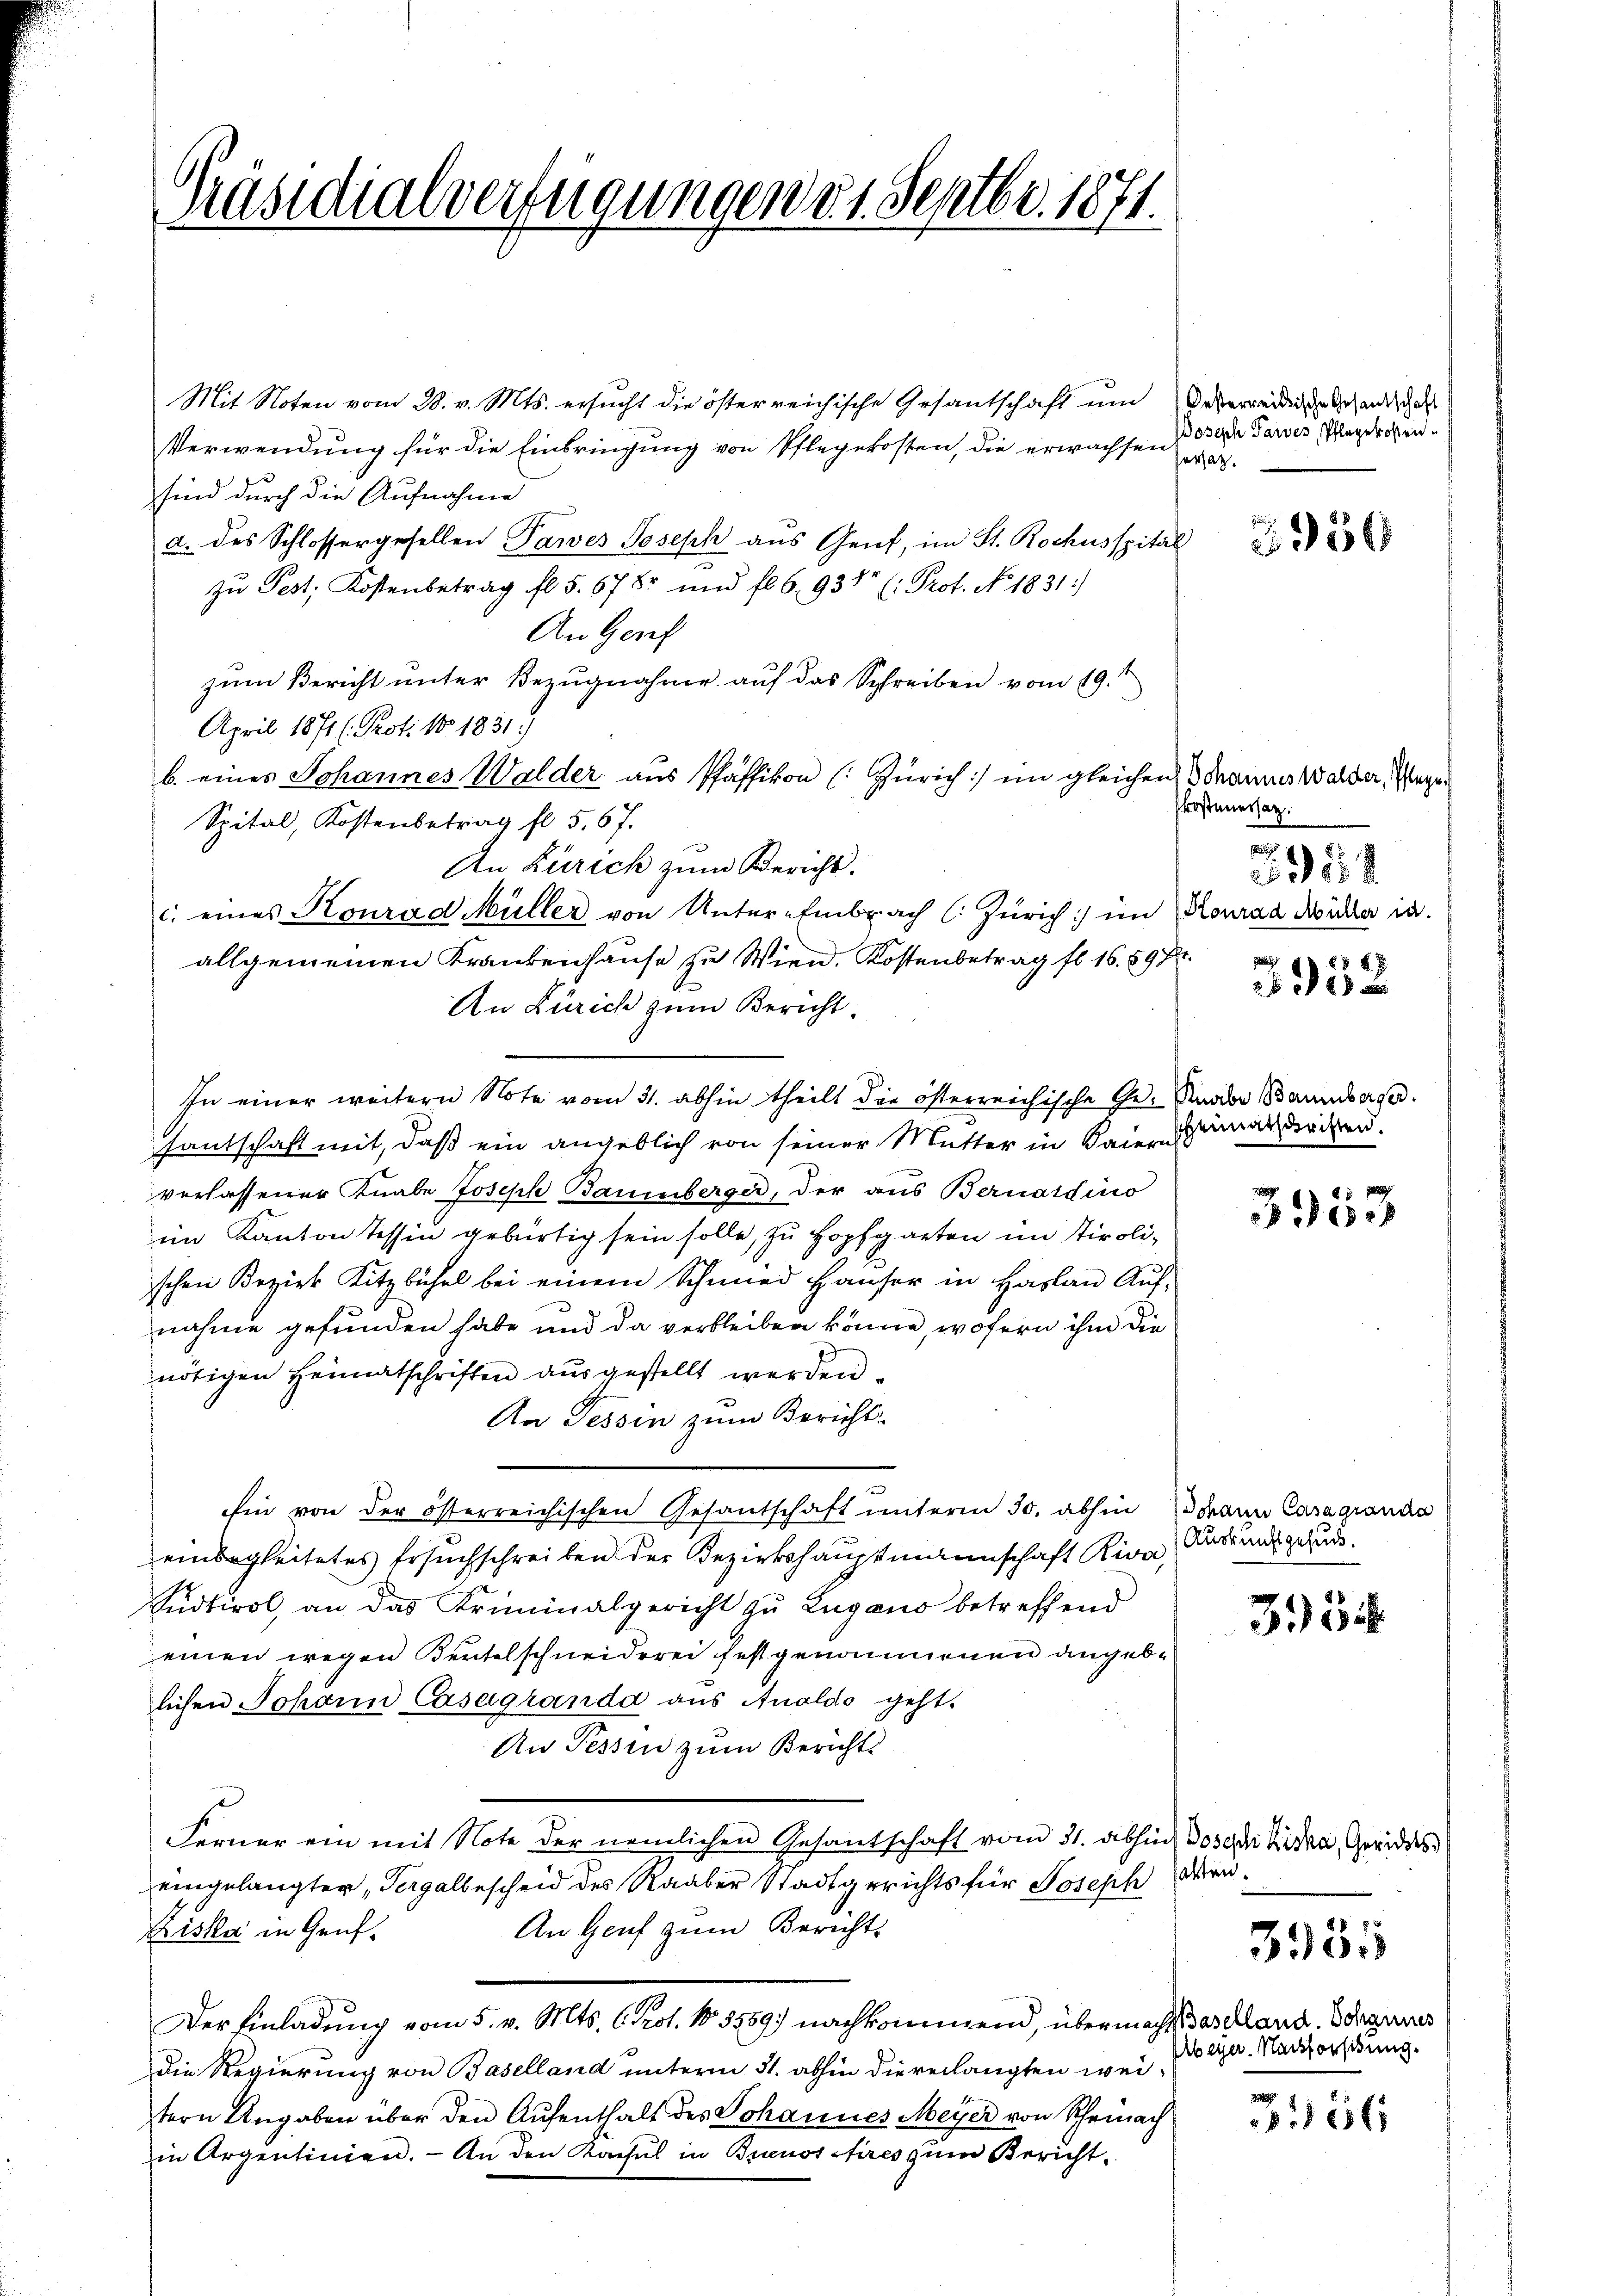
Präsidialverfügungen 31. Septbr. 1871.

Mit Noten vom 28. v. Mts. ersucht die österreichische Gesantschaft um Unterreidige Gesandschaft
Verwendung für die Einbringung von Pflegekosten, die erwachsen § 339 Pawes Wegersensind durch die Aufnahme
a. des Schlossergesellen Tawes Joseph aus Genf, im St. Rochusspital
zu Pest, Kostenbetrag fl. 5. 678 und fl. 6. 938 (: Prof. No. 1831.)
An Genf
zum Bericht unter Bezugnahme auf das Schreiben vom 19.
April 1871 (Prot. No 1831.)
b. eines Johannes Walder aus Pfäffikon (Zürich) im gleichen Schannes Walder, Wege
Spital, Kostenbetrag fl. 5, 67.
An Zürich zum Bericht.
c. eines Konrad Müller von Unter-Embrach C. Zürich) im Konrad Dicker in
allgemeinen Krankenhause zu Wien. Kostenbetrag fl. 16. 898
An Zürich zum Bericht.
Hantschaft mit, daß ein angeblich von seiner Mutter in Baiern
verlassener Knabe Joseph Baumberger, der aus Bernardino
im Kanton Tessin gebürtig sein solle, zu Hopfgarten im Tirolischen Bezirk Kitzbühel bei einem Schmied Hauser in Haslau Aufnahme gefunden habe und da verbleiben könne, wofern ihm die
nötigen Heimatschriften aŭsgestellt werden.
An Tessin zum Bericht-
hin von der österreichischen Gesantschaft unterm 30. abhin dann Caragranda
einbegleitetes Ersuchschreiben der Bezirkshauptmannschaft Riva,
Sudtirol, an das Kriminalgericht zu Zugano betreffend
einen wegen Beutelschneiderei festgenommenen angeblichen Johann Casagranda aus Analdo geht.
An Tessin zum Berichts
Ferner ein mit Note der nemlichen Gesantschaft vom 31. abhin, Joseph Fiska, Gerides
eingelangter, Vergalbescheid des Raaber Stadtgerichts für Joseph dien¬
An Genf zum Bericht
Riska in Genf.
Der Einladung vom 5. v. Mts. 6. Prot. No. 3559) nachkommend, übermacht daselland. Schauers
Die Regierung von Baselland unterm 31. abhin die verlangten weitern Angaben über den Aufenthalt des Johannes Meyer von Scheinach
in Argentinien. - An den Konsul in Buenos Aires zum Bericht,

In einer weitern Note vom 31. abhin theilt die österreichische Ge- Knabe Baumberge

eat.

956

Pkosteuersatz.

28

58 x
30

eimathristen.

45
30

Auskunftgesuch.

33

3955

Abeyer. Nachforschung.

31856